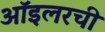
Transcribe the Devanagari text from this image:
ऑइलरची